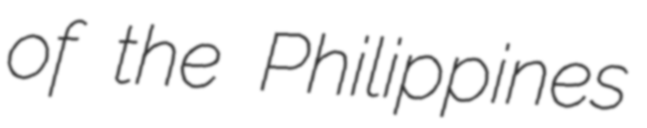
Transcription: of the Philippines